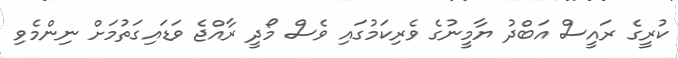
ކުރީގެ ރައީސް އަބްދު ޔާމީނުގެ ވެރިކަމުގައި ވެސް މޯދީ ރާއްޖެ ވަޑައިގަތުމަށް ނިންމެވި